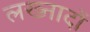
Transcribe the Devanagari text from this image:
लख्नादों